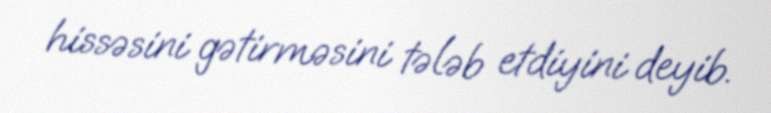
hissəsini gətirməsini tələb etdiyini deyib.